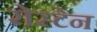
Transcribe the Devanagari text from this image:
रोस्टेन